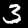
Label: 3